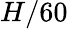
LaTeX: H/60